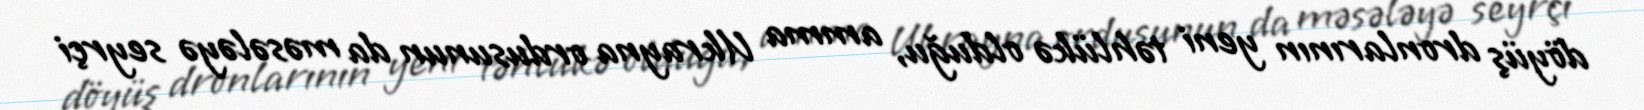
döyüş dronlarının yeni təhlükə olduğu, amma Ukrayna ordusunun da məsələyə seyrçi